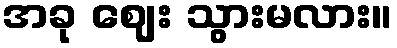
အခု ဈေး သွားမလား။